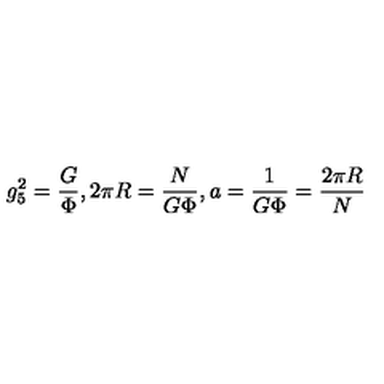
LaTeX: g _ { 5 } ^ { 2 } = \frac { G } { \Phi } , 2 \pi R = \frac { N } { G \Phi } , a = \frac { 1 } { G \Phi } = \frac { 2 \pi R } { N }